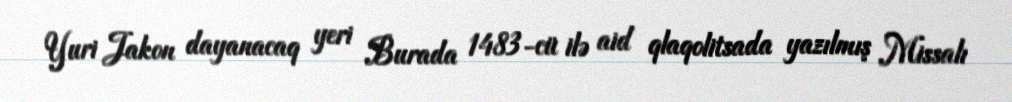
Yuri Jakon dayanacaq yeri Burada 1483-cü ilə aid qlaqolitsada yazılmış Missalı